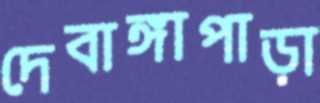
দেবাঙ্গাপাড়া